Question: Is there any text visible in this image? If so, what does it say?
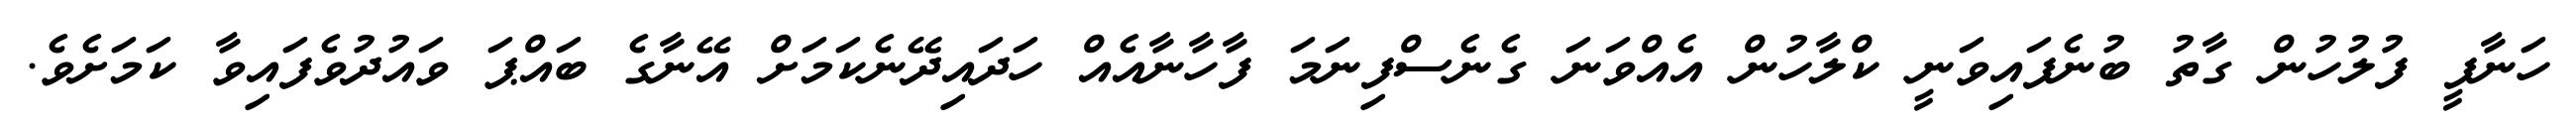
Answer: ހަނާފީ ފުލުހުން ގާތު ބުނެފައިވަނީ ކްލާހުން އެއްވަނަ ގެނެސްފިނަމަ ފާހާނާއެއް ހަދައިދޭނެކަމަށް އޭނާގެ ބައްޕަ ވައުދުވެފައިވާ ކަމަށެވެ.